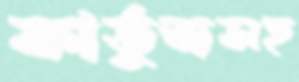
কার্তুজসহ